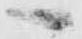
へ